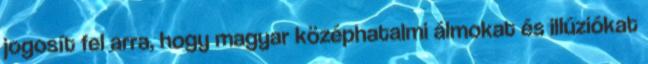
jogosít fel arra, hogy magyar középhatalmi álmokat és illúziókat